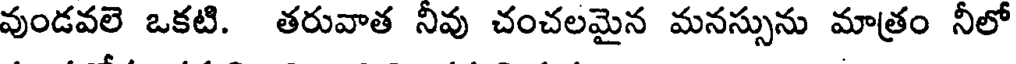
వుండవలె ఒకటి. తరువాత నివు చంచలమైన మనస్సును మాత్రం నీలో